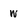
Character: w